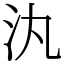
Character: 汍